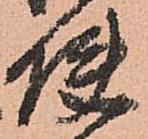
使